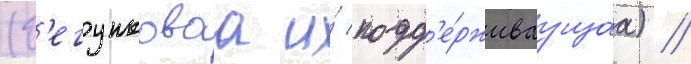
(б'егунковаа и́ подд'е́рживаущаа) //